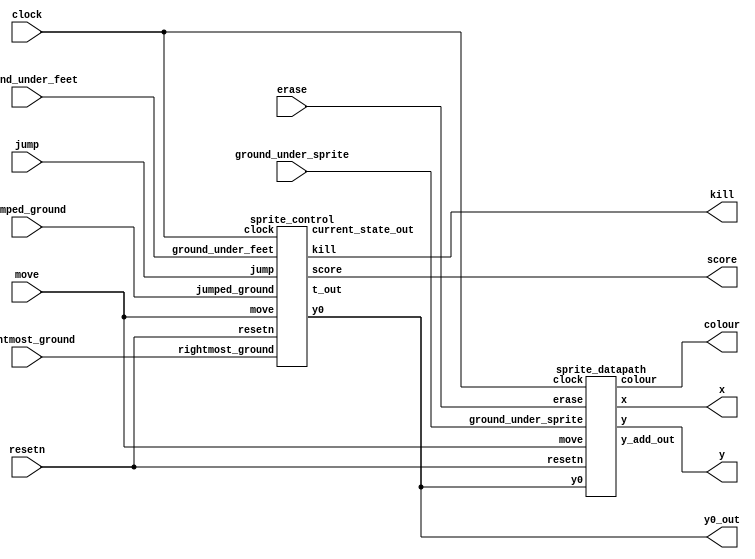
`timescale 1ns / 1ns // `timescale time_unit/time_precision

`define	width 5'b10100 // 5'd20 pixels wide
`define	height 5'd30 // 5'd30 pixels tall
`define	x_resting 6'd40 // 6'd40 pixels from the left of the screen
`define	y_resting 8'b10000010 // 8'd130 pixels from the top of the screen
`define	leading_edge (`x_resting + width - 1'b1)
	
`define	screen_width 9'b101101000 //360px across
`define	ground_level 8'd240 - 8'd80 //80px from bottom of screen
`define	grass_level 8'd240 - 8'd60	//20px from ground origin
`define	lava_level 8'd240 - 8'd40 //40px from ground origin
	
	
module sprite4(
	input clock,
	input resetn,
	input move,
	input jump,
	input [19:0] ground_under_sprite,
	input [6:0] ground_under_feet,
	input [46:0] jumped_ground,
	input rightmost_ground,
	input erase,
	output [8:0] x,
	output [7:0] y,
	output [2:0] colour,
	output kill,
	output [7:0] y0_out,
	output [11:0] score
	);
	
	wire [7:0] y0;
	wire [6:0] t_out;
	wire [2:0] current_state;
	
	assign y0_out = y0;
	
	// control
	sprite_control c0(
		.clock(clock),
		.resetn(resetn),
		.jump(jump),
		.move(move),
		.ground_under_feet(ground_under_feet),
		.jumped_ground(jumped_ground),
		.rightmost_ground(rightmost_ground),
		.y0(y0),
		.kill(kill),
		.t_out(t_out),
		.current_state_out(current_state),
		.score(score)
		);
		
	wire [7:0] y_add;
	
	// datapath
	sprite_datapath d0(
		.clock(clock),
		.resetn(resetn),
		.erase(erase),
		.move(move),
		.ground_under_sprite(ground_under_sprite),
		.y0(y0),
		.x(x),
		.y(y),
		.colour(colour),
		.y_add_out(y_add)
		);
	
endmodule

module sprite_control(
	input clock,
	input resetn,
	input jump,
	input move,
	input [6:0] ground_under_feet,
	input [46:0] jumped_ground,
	input rightmost_ground,
	output reg [7:0] y0,
	output kill,
	output [6:0] t_out,
	output [2:0] current_state_out,
	output reg [11:0] score
	);
	
	reg [2:0] current_state, next_state;
	
	localparam
		RUNNING = 3'd0,
		JUMPING = 3'd1,
		FALLING = 3'd2;
		
	reg [6:0] t;
	always @ (posedge clock)
	begin
		if (resetn == 1'b0) begin
			t <= 1'b0;
		end else if (next_state != current_state) begin
			t <= 1'b0;
		end else if (move) begin
			t <= t + 1'b1;
		end
	end
	
	assign current_state_out = current_state;
	
	assign t_out = t;
		
	// signal to stop jumping
	wire stop_jumping = t >= 25 ? 1'b1 : 1'b0;
	
	// signal to start falling
	wire fall = & ground_under_feet ? 1'b1 : 1'b0;
	
	// signal to stop falling
	wire stop_falling = (y0 == `y_resting && ~&(ground_under_feet)) ? 1'b1 : 1'b0;
	
	// signal that front collides with ground
	assign kill = (y0 > `y_resting && rightmost_ground == 0) || y0 > 9'd200 ? 1'b1 : 1'b0;
	
		
	always@(*)
    begin: state_table 
            case (current_state)
			RUNNING:
				if (jump) begin
					next_state = JUMPING;
				end else if (fall) begin
					next_state = FALLING;
				end else
					next_state = RUNNING;
			JUMPING:	next_state = stop_jumping ? FALLING : JUMPING;
			FALLING:	next_state = stop_falling ? RUNNING : FALLING;	
            default:     next_state = RUNNING;
        endcase
    end
	
	localparam
	ZERO = 3'd0,
	ONE = 3'd1,
	TWO = 3'd2,
	THREE = 3'd3,
	FOUR = 3'd4,
	FIVE = 3'd5,
	SIX = 3'd6;
	
	wire [2:0] dy_list [0:25];
	assign dy_list[0] = ZERO;
	assign dy_list[1] = ZERO;
	assign dy_list[2] = ONE;
	assign dy_list[3] = ONE;
	assign dy_list[4] = ONE;
	assign dy_list[5] = ONE;
	assign dy_list[6] = TWO;
	assign dy_list[7] = TWO;
	assign dy_list[8] = TWO;
	assign dy_list[9] = TWO;
	assign dy_list[10] = TWO;
	assign dy_list[11] = THREE;
	assign dy_list[12] = THREE;
	assign dy_list[13] = THREE;
	assign dy_list[14] = FOUR;
	assign dy_list[15] = FOUR;
	assign dy_list[16] = FOUR;
	assign dy_list[17] = FOUR;
	assign dy_list[18] = FOUR;
	assign dy_list[19] = FIVE;
	assign dy_list[20] = FIVE;
	assign dy_list[21] = FIVE;
	assign dy_list[22] = FIVE;
	assign dy_list[23] = SIX;
	assign dy_list[24] = SIX;
	assign dy_list[25] = SIX;
	
	reg [2:0] dy;
	always @(*)
	begin
		case(current_state)
			RUNNING: dy = ZERO;
			JUMPING: dy = dy_list[25 - t];
			FALLING: 
				if(t <= 24) begin
					dy = dy_list[t]; 
				end else
					dy = SIX;
			default: dy = ZERO;
		endcase
	end
	
	always @(posedge clock)
	begin
		if (resetn == 1'b0)
			y0 <= `y_resting;
		else if(move) begin
			if (next_state == RUNNING)
				y0 <= `y_resting;
			if (next_state == FALLING)
				y0 <= y0 + dy;
			else if (next_state == JUMPING)
				y0 <= y0 - dy;
		end
	end
	
		// current_state registers
    always@(posedge clock)
    begin: state_FFs
        if(!resetn)
            current_state <= RUNNING;
        else
            current_state <= next_state;
    end // state_FFS
	
	// scoring
	reg jumped_lava;
	always @(posedge clock)
	begin
		if (resetn == 1'b0) begin
			score <= 1'b0;
			jumped_lava <= 1'b0;
		end else if ((current_state == JUMPING || current_state == FALLING) && (| ground_under_feet)) begin
			jumped_lava <= 1'b1;
		end else if(current_state == FALLING && next_state == RUNNING && jumped_lava) begin
			score <= score + 1'b1;
			jumped_lava <= 1'b0;
		end
	end

endmodule


module sprite_datapath(
	input clock,			// CLOCK_50
	input resetn,			// synchronous low reset
	input erase,			// signal from master fsm to erase
	input move,
	input [19:0] ground_under_sprite,
	input [7:0] y0,			// change to y
	output reg [8:0] x,			// x output
	output reg [7:0] y,			// y output
	output reg [2:0] colour,		// colour output
	output [7:0] y_add_out
	);
	
	
	// colours
	localparam
		green = 3'b010,
		white = 3'b111,
		black = 3'b000,
		red = 3'b100,
		cyan = 3'b011;
		
	// frame counter
	reg [5:0] frames;
	always @(posedge clock)
	begin
		if (!resetn) begin
			frames <= 1'b0;
		end else if (move && y0 == `y_resting) begin
			frames <= frames + 1'b1;
		end else if (frames == 7'd30) begin
			frames <= 1'b0;
		end
	end
	
	// toggle between run animations every 30 frames
	wire run_toggle = frames < 15 ? 1'b0 : 1'b1;
	
	// counter
	reg[12:0] q;
	wire[12:0] max;
	assign max = {5'd20, 8'd240}; // 20 concatenated with 240
	always @(posedge clock)
	begin
		if (resetn == 1'b0)
			q <= 1'b0;
		else if (q[7:0] == 8'd240) begin // if y count reaches 240
			q[7:0] <= 1'b0;
			q[12:8] <= q[12:8] + 1'b1;
		end
		else if (q[12:8] == 5'd20) begin
			q <= 1'b0;
			end
		else
			q <= q + 1'b1;
	end
	wire[4:0] x_add;
	wire[7:0] y_add;
	assign x_add = q[12:8];
	assign y_add = q[7:0];
	
    // output result register
    always@(posedge clock) begin
		// reset
        if(!resetn) begin
            x <= 5'b0; 
			y <= 8'b0;
			colour <= 3'b0;
        end
		// erase
/* 		else if(erase) begin
			x <= `x_resting + x_add;
			y <= y_add;
			colour <= cyan;
		end */
		// draw
		else begin
		
			// drawing the sprite
			// body
 			if (y_add >= y0 && y_add < y0 + `height) begin
			
				/* MAKE SPRITE SINK INTO LAVA
				if (y_add <= `lava_level && ground_under_sprite[`width - 1 - x_add]) begin
					x  <= `x_resting + x_add;
					y  <= y_add;
					colour <= red;
				end
				*/
			
				if (x_add == 0 && y_add - y0 < 20) begin
					x <= `x_resting + x_add;
					y <= y_add;
					colour <= black;
				end else if(x_add > 9 && x_add < 15 && y_add - y0 == 16) begin
					x <= `x_resting + x_add;
					y <= y_add;
					colour <= black;
				end else if(y_add - y0 == 0) begin
					x <= `x_resting + x_add;
					y <= y_add;
					colour <= black;
				end else if(x_add == 19 && y_add - y0 < 20) begin
					x <= `x_resting + x_add;
					y <= y_add;
					colour <= black;
				end else if(y_add - y0 == 19) begin
					x <= `x_resting + x_add;
					y <= y_add;
					colour <= black;
				// eyes
				end else if(x_add == 9 && y_add - y0 > 5 && y_add - y0 < 11) begin
					x <= `x_resting + x_add;
					y <= y_add;
					colour <= black;
				end else if(x_add == 15 && y_add - y0 > 5 && y_add - y0 < 11) begin
					x <= `x_resting + x_add;
					y <= y_add;
					colour <= black;
				// mouth
				// bottom
				end else if(x_add > 9 && x_add < 15 && y_add - y0 == 16) begin
					x <= `x_resting + x_add;
					y <= y_add;
					colour <= black;
				// sides
				end else if(x_add == 9 && y_add - y0 > 13 && y_add - y0 < 16 && y0 <= `y_resting) begin
					x <= `x_resting + x_add;
					y <= y_add;
					colour <= black;
				end else if(x_add == 15 && y_add - y0 > 13 && y_add - y0 < 16 && y0 <= `y_resting) begin
					x <= `x_resting + x_add;
					y <= y_add;
					colour <= black;
				// top
				end else if(x_add > 9 && x_add < 15 && y_add - y0 == 14 && y0 < `y_resting) begin
					x <= `x_resting + x_add;
					y <= y_add;
					colour <= black;
					
				// legs0
				end else if(x_add == 7 && y_add - y0 > 19 && y_add - y0 <= 30 && run_toggle == 1'b0) begin
					x <= `x_resting + x_add;
					y <= y_add;
					colour <= black;
				end else if(x_add == 13 && y_add - y0 > 19 && y_add - y0 <= 25 && run_toggle == 1'b0) begin
					x <= `x_resting + x_add;
					y <= y_add;
					colour <= black;
				end else if (x_add >= 7 && x_add <= 10 && y_add - y0 == 29 && run_toggle == 1'b0) begin
					x <= `x_resting + x_add;
					y <= y_add;
					colour <= black;
				end else if (x_add >= 13 && x_add <= 16 && y_add - y0 == 25 && run_toggle == 1'b0) begin
					x <= `x_resting + x_add;
					y <= y_add;
					colour <= black;
				end else if(x_add == 13 && y_add - y0 > 26 && run_toggle == 1'b0) begin
					x <= `x_resting + x_add;
					y <= y_add;
					colour <= cyan;

					
				// legs1
				end else if(x_add == 7 && y_add - y0 > 19 && y_add - y0 <= 25 && run_toggle == 1'b1) begin
					x <= `x_resting + x_add;
					y <= y_add;
					colour <= black;
				end else if (x_add >= 7 && x_add <= 10 && y_add - y0 == 25 && run_toggle == 1'b1) begin
					x <= `x_resting + x_add;
					y <= y_add;
					colour <= black;
				end else if (x_add >= 13 && x_add <= 16 && y_add - y0 == 29 && run_toggle == 1'b1) begin
					x <= `x_resting + x_add;
					y <= y_add;
					colour <= black;
				end else if(x_add == 7 && y_add - y0 > 26 && run_toggle == 1'b1) begin
					x <= `x_resting + x_add;
					y <= y_add;
					colour <= cyan;
				end else if(x_add == 13 && y_add - y0 > 19 && y_add - y0 <= 30 && run_toggle == 1'b1) begin
					x <= `x_resting + x_add;
					y <= y_add;
					colour <= black;
					
//				// sky
				end else if(x_add < 10 && y_add - y0 > 19) begin
					x <= `x_resting + x_add;
					y <= y_add;
					colour <= cyan;
				end else if(x_add > 7 && x_add < 13 && y_add - y0 > 19) begin
					x <= `x_resting + x_add;
					y <= y_add;
					colour <= cyan;
				end else if(x_add > 13 && y_add - y0 > 19) begin
					x <= `x_resting + x_add;
					y <= y_add;
					colour <= cyan;
				end else begin
					x <= `x_resting + x_add;
					y <= y_add;
					colour <= white;
				end
			end			
			
			// drawing the ground if y_add >= ground_level
			else if (y_add >= `ground_level) begin
				if (ground_under_sprite[`width - 1 - x_add] == 1'b0) begin
					if (y_add <= `grass_level) begin
						x <= `x_resting + x_add;
						y <= y_add;
						colour <= green;
					end else begin
						x <= `x_resting + x_add;
						y <= y_add;
						colour <= black;
					end
				end else if (ground_under_sprite[`width - 1 - x_add] == 1'b1) begin
					if (y_add <= `lava_level) begin
						x <= `x_resting + x_add;
						y <= y_add;
						colour <= cyan;
					end
					else begin
						x <= `x_resting + x_add;
						y <= y_add;
						colour <= red;
					end
				end
			end
			
			// if not below ground level and not in sprite, draw sky
			else begin
				x <= `x_resting + x_add;
				y <= y_add;
				colour <= cyan;
			end
			
			
			
		end // end erase else
    end // end counter
	
	assign y_add_out = y_add;

endmodule